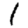
Digit: 1